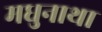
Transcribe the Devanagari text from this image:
मधुनाथा